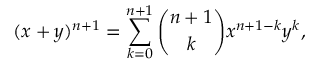
( x + y ) ^ { n + 1 } = \sum _ { k = 0 } ^ { n + 1 } { \binom { n + 1 } { k } } x ^ { n + 1 - k } y ^ { k } ,